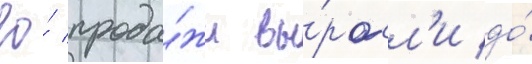
ео́ прода́жи вы́росл'и до́